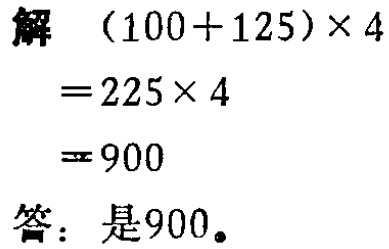
解

\[

\begin{align*}

(100 + 125)\times4&=225\times4\\

&= 900

\end{align*}

\]

答：是900。